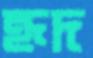
হৃদ